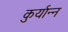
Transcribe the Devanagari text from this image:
कुर्यान्न